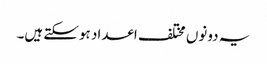
یہ دونوں مختلف اعداد ہوسکتے ہیں۔